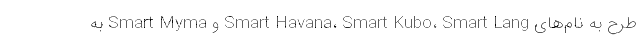
طرح به نام‌های Smart Havana، Smart Kubo، Smart Lang و Smart Myma به